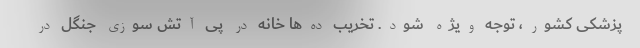
پزشکی کشور، توجه ویژه شود. تخریب ده‌ها خانه در پی آتش سوزی جنگل در